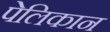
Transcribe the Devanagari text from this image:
पेलिकान